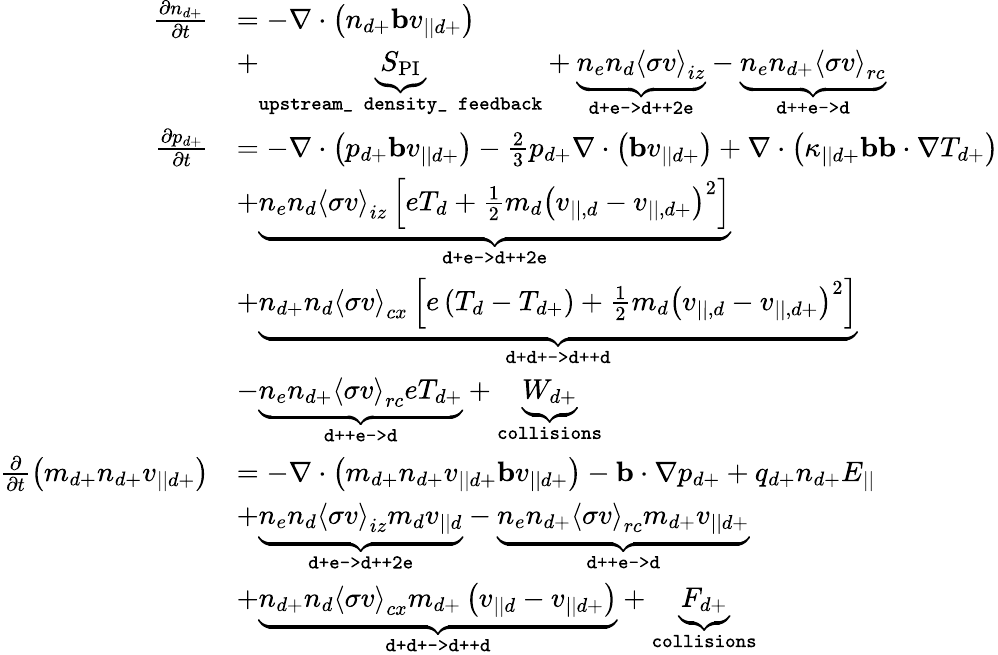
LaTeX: \begin{array}{rl}{\frac{\partial n_{d+}}{\partial t}}&{=-\nabla\cdot\left(n_{d+}\mathbf{b}v_{||d+}\right)}\\ &{+\underbrace{S_{\textrm{PI}}}_{\texttt{upstream\_ density\_ feedback}}+\underbrace{n_{e}n_{d}\left<\sigma v\right>_{iz}}_{\texttt{d+e->d++2e}}-\underbrace{n_{e}n_{d+}\left<\sigma v\right>_{rc}}_{\texttt{d++e->d}}}\\ {\frac{\partial p_{d+}}{\partial t}}&{=-\nabla\cdot\left(p_{d+}\mathbf{b}v_{||d+}\right)-\frac{2}{3}p_{d+}\nabla\cdot\left(\mathbf{b}v_{||d+}\right)+\nabla\cdot\left(\kappa_{||d+}\mathbf{b}\mathbf{b}\cdot\nabla T_{d+}\right)}\\ &{+\underbrace{n_{e}n_{d}\left<\sigma v\right>_{iz}\left[eT_{d}+\frac{1}{2}m_{d}\left(v_{||,d}-v_{||,d+}\right)^{2}\right]}_{\texttt{d+e->d++2e}}}\\ &{+\underbrace{n_{d+}n_{d}\left<\sigma v\right>_{cx}\left[e\left(T_{d}-T_{d+}\right)+\frac{1}{2}m_{d}\left(v_{||,d}-v_{||,d+}\right)^{2}\right]}_{\texttt{d+d+->d++d}}}\\ &{-\underbrace{n_{e}n_{d+}\left<\sigma v\right>_{rc}eT_{d+}}_{\texttt{d++e->d}}+\underbrace{W_{d+}}_{\texttt{collisions}}}\\ {\frac{\partial}{\partial t}\left(m_{d+}n_{d+}v_{||d+}\right)}&{=-\nabla\cdot\left(m_{d+}n_{d+}v_{||d+}\mathbf{b}v_{||d+}\right)-\mathbf{b}\cdot\nabla p_{d+}+q_{d+}n_{d+}E_{||}}\\ &{+\underbrace{n_{e}n_{d}\left<\sigma v\right>_{iz}m_{d}v_{||d}}_{\texttt{d+e->d++2e}}-\underbrace{n_{e}n_{d+}\left<\sigma v\right>_{rc}m_{d+}v_{||d+}}_{\texttt{d++e->d}}}\\ &{+\underbrace{n_{d+}n_{d}\left<\sigma v\right>_{cx}m_{d+}\left(v_{||d}-v_{||d+}\right)}_{\texttt{d+d+->d++d}}+\underbrace{F_{d+}}_{\texttt{collisions}}}\end{array}